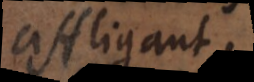
affliga